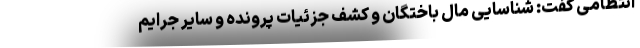
انتظامی گفت: شناسایی مال باختگان و کشف جزئیات پرونده و سایر جرایم